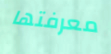
معرفتها